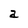
Character: a